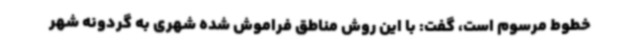
خطوط مرسوم است، گفت: با این روش مناطق فراموش شده شهری به گردونه شهر